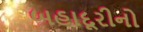
બહાદૂરીનો